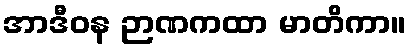
အာဒီဝန ဉာဏကထာ မာတိကာ။